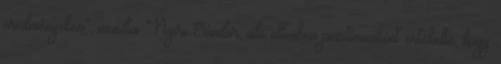
eredményeken”, mondta Nyiri Sándor, aki ellenben pozitívumként értékelte, hogy